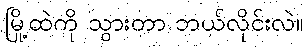
မြို့ထဲကို သွားတာ ဘယ်လိုင်းလဲ။